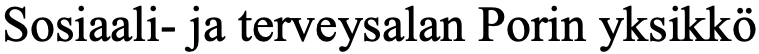
Sosiaali- ja terveysalan Porin yksikkö